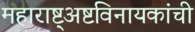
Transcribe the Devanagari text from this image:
महाराष्ट्अष्टविनायकांची